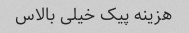
هزینه پیک خیلی بالاس